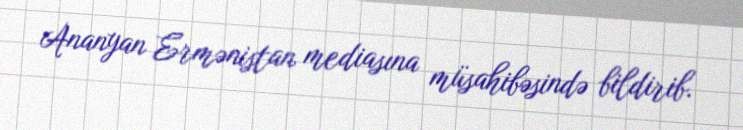
Ananyan Ermənistan mediasına müsahibəsində bildirib.